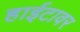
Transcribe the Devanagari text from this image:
हाईटावर